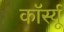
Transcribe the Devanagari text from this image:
कॉर्स्यू